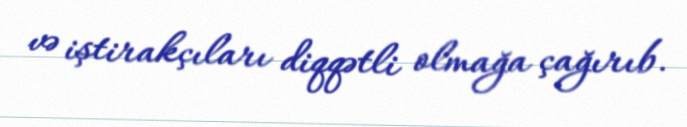
və iştirakçıları diqqətli olmağa çağırıb.